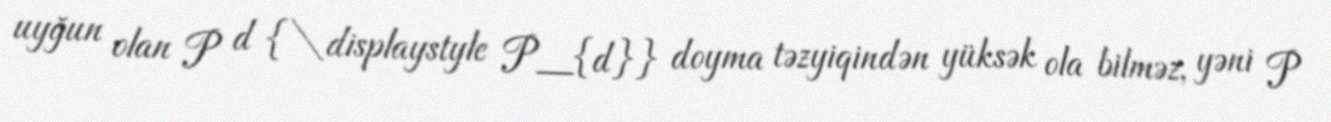
uyğun olan P d {\displaystyle P_{d}} doyma təzyiqindən yüksək ola bilməz, yəni P